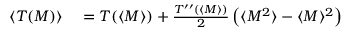
\begin{array} { r l } { \langle T ( M ) \rangle } & { { } = T ( \langle M \rangle ) + \frac { T ^ { \prime \prime } ( \langle M \rangle ) } { 2 } \left( \langle M ^ { 2 } \rangle - \langle M \rangle ^ { 2 } \right) } \end{array}